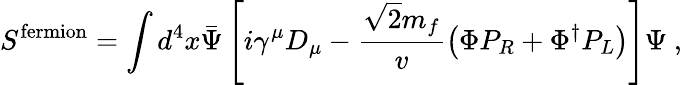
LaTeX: S^{\mathrm{fermion}}=\int d^{4}x\bar{\Psi}\left[i\gamma^{\mu}D_{\mu}-\frac{\sqrt{2}m_{f}}{v}\left(\Phi P_{R}+\Phi^{\dagger}P_{L}\right)\right]\Psi\ ,